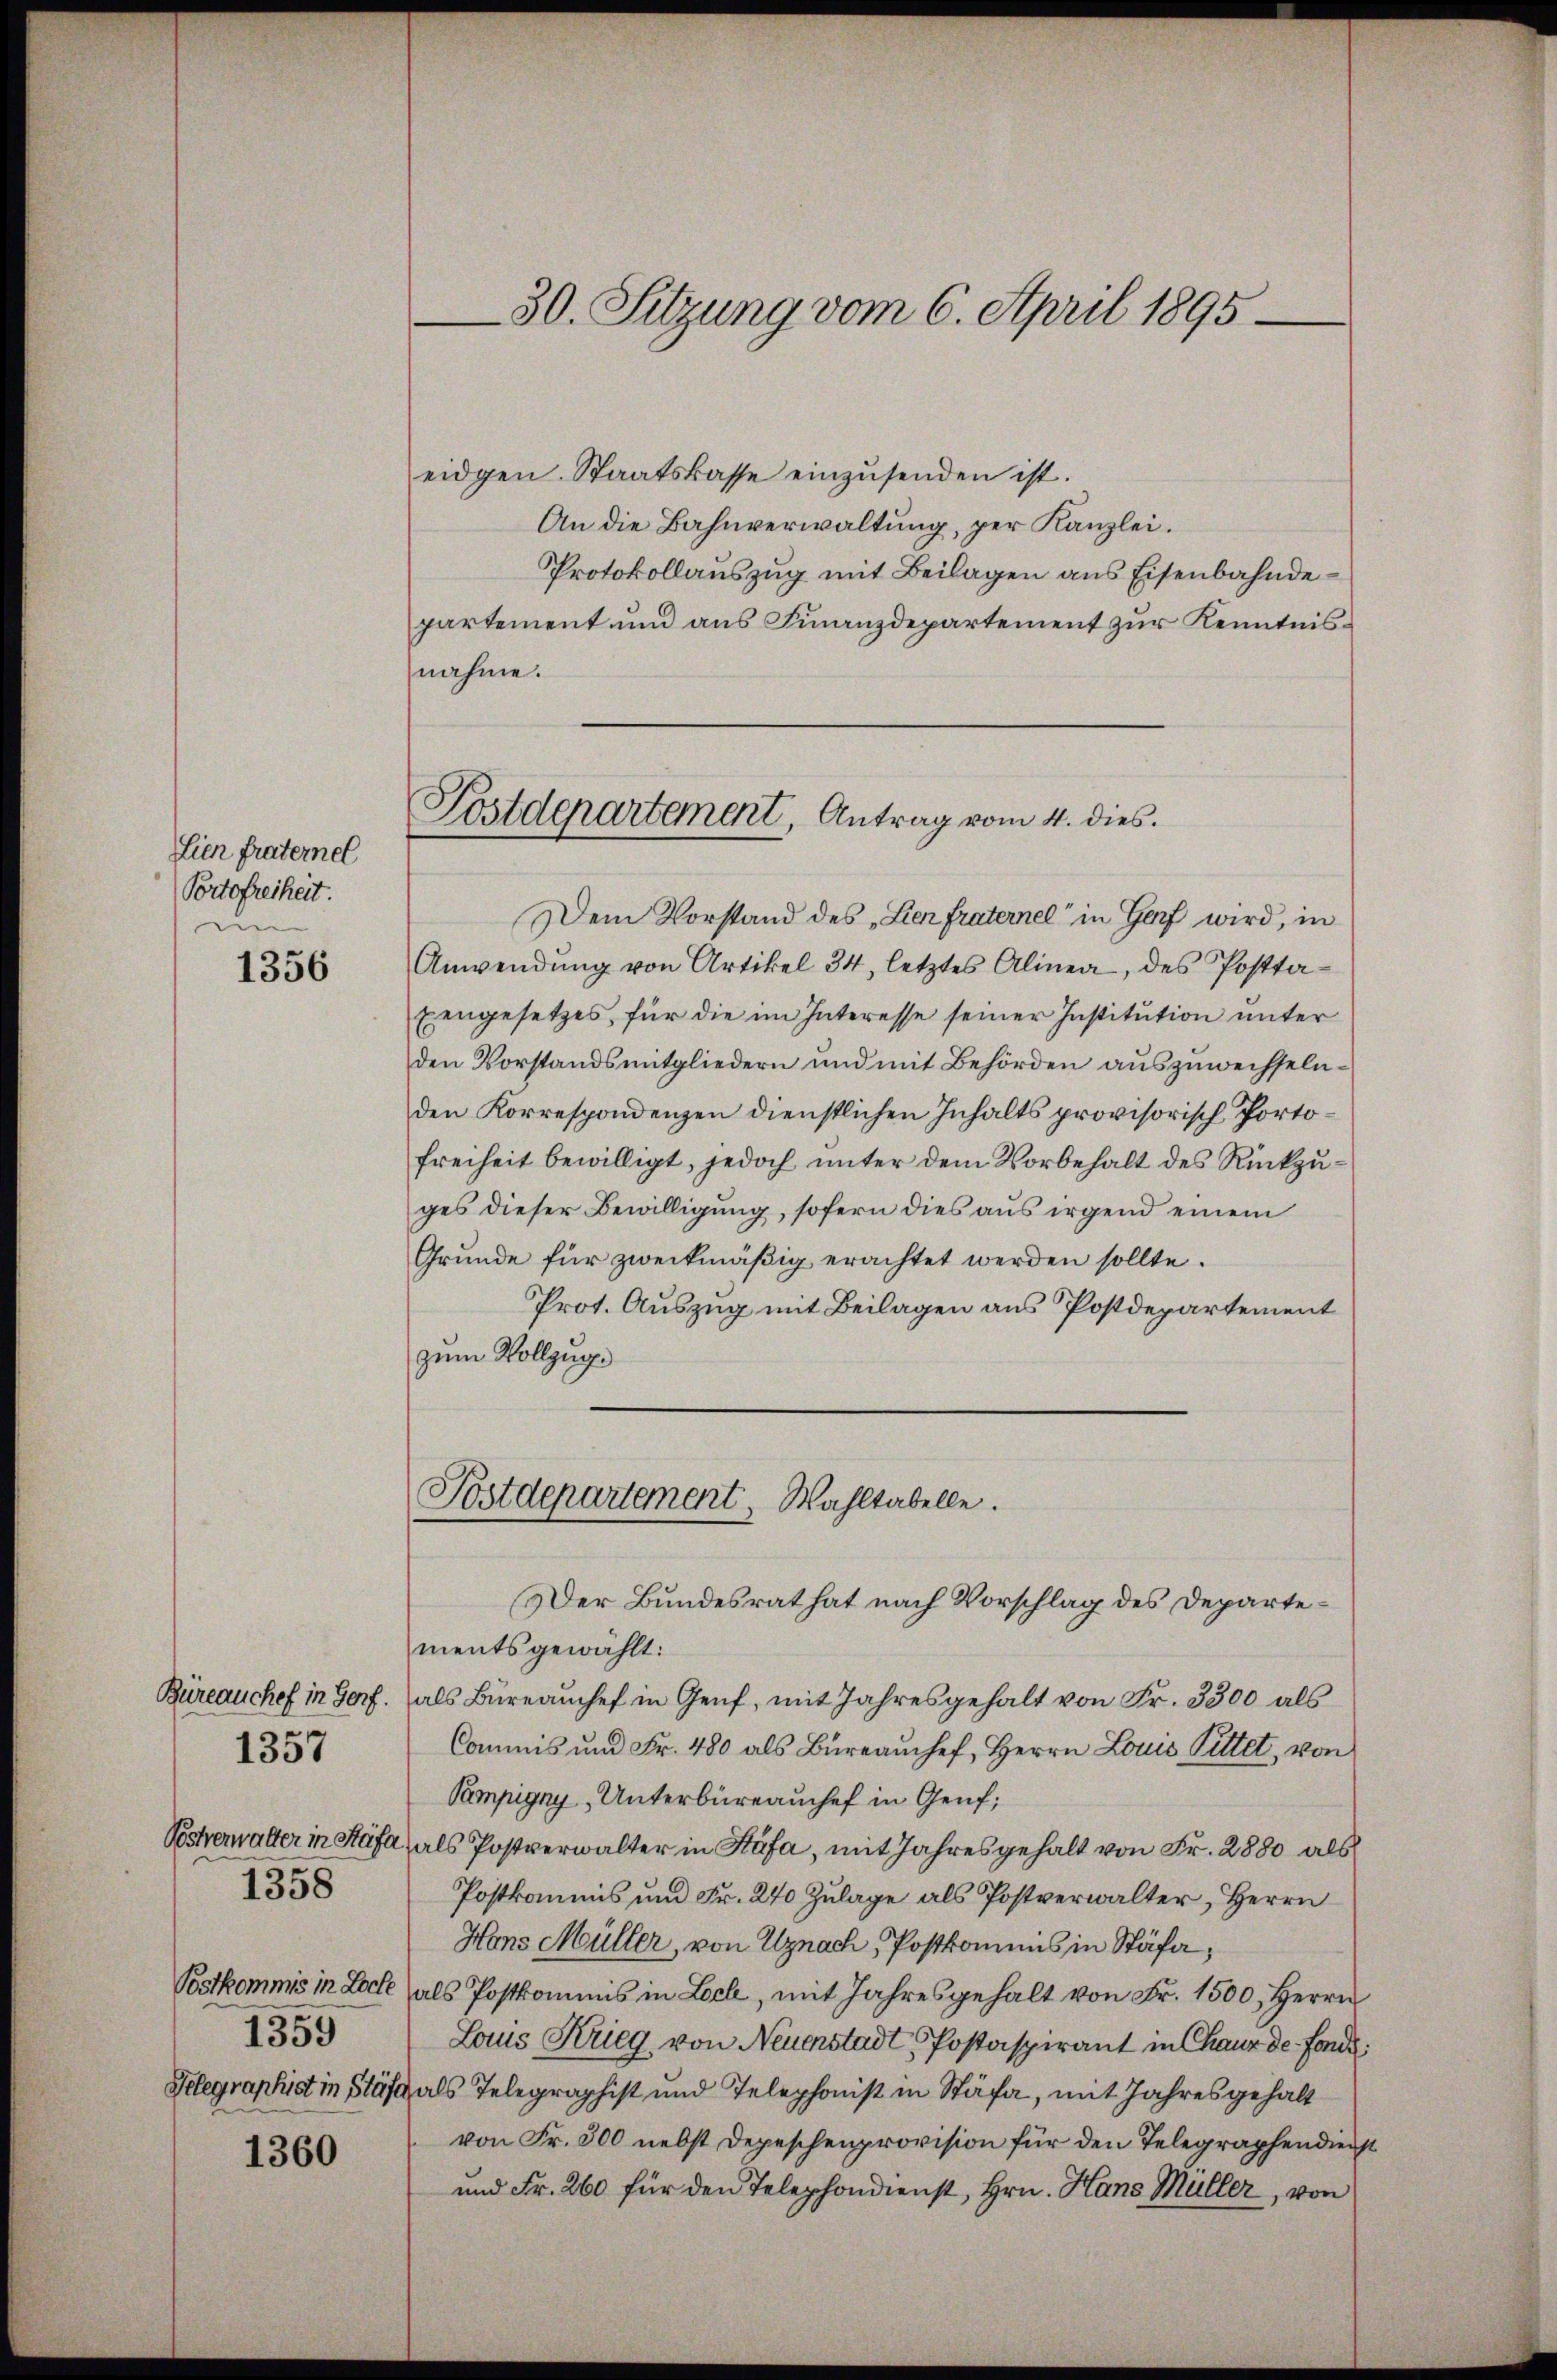
Lien fraternel
Portofreiheit.
un

1356

Büreauchef in Genf.
Postverwalter in Stäfa
1358
Postkommis in Loche
1359

1357

1360

30. Sitzung vom 6. April 1895

eidgen. Staatskasse einzŭsenden ist.
An die Bahnverwaltung, per Kanzlei.
Protokollauszug mit Beilagen aus Eisenbahndepartement und aus Finanzdepartement zur Kenntnisnahme.
Dem Vorstand des „Lienfraternel“ in Genf wird, in
Anwendŭng von Artikel 34, letztes Alinea, des Postta-
Eengesetzes, für die im Interesse seiner Institution unter
den Vorstandsmitgliedern und mit Behörden auszuwechselnden Korrespondenzen dienstlichen Inhalts provisorisch Porto¬
Freiheit bewilligt, jedoch unter dem Vorbehalt des Rückzuges dieser Bewilligung, sofern dies aus irgend einem
Grunde für zweckmäßig erachtet werden sollte.
Prot. Auszug mit Beilagen aus Postdepartement
zum Vollzug.

Postdepartement, Antrag vom 4. dies

Postdepartement, Wahltabelle.

Der Bundesrat hat nach Vorschlag des Departementsgewählt:
als Büreaŭchef in Genf, mit Jahresgehalt von Fr. 3300 als
Commis ŭm Fr. 480 als Büreamhef, Herrn Louis Pittet, von
Pampigny „Unterbüreauchef in Genf;
als Postverwalter in Stäfa, mit Jahresgehalt von Fr. 2880 als
Postkommnis und Fr. 240 Zulage als Postverwalter, Herrn
Hons Müller, von Uznach, Postkommnis in Stäfa,
als Postkommis in Loch, mit Jahresgehalt von Fr. 1500, Herrn
Louis Krieg, von Neuenstadt Postaspirant in Chaux de fonde
Kelegraphist in Stäfa als Telegraphist und Telephonist in Stäfa, mit Jahres gehalt
von Fr. 500 nebst Depeschenprovision für den Telegraphendienst
und Fr. 260 für den Telephondienst, Hrn. Hans Müller, von